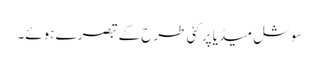
سوشل میڈیا پر کئی طرح کے تبصرے ہوئے۔